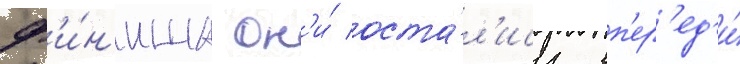
ф'и́н'иша он'и́ оста́л'ись вп'ер'ед'и́